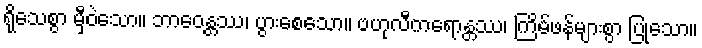
ရိုသေစွာ မှီဝဲသော။ ဘာဝေန္တဿ၊ ပွားစေသော။ ဗဟုလီကရောန္တဿ၊ ကြိမ်ဖန်များစွာ ပြုသော။